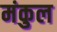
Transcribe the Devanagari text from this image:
मंकुल